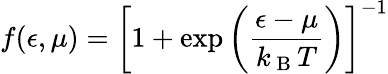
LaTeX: f(\epsilon,\mu)=\left[1+\exp\left(\frac{\epsilon-\mu}{k_{\mathrm{~B~}}T}\right)\right]^{-1}